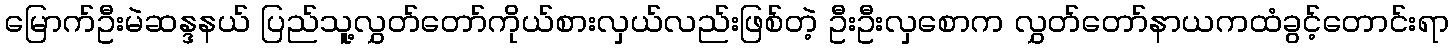
မြောက်ဦးမဲဆန္ဒနယ် ပြည်သူ့လွှတ်တော်ကိုယ်စားလှယ်လည်းဖြစ်တဲ့ ဦးဦးလှစောက လွှတ်တော်နာယကထံခွင့်တောင်းရာ